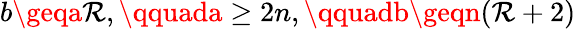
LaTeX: b\geqa\mathcal{R},\qquada\geq2n,\qquadb\geqn(\mathcal{R}+2)